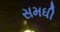
સમધી